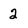
Character: 2